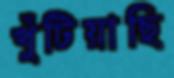
খুঁটিয়াছি